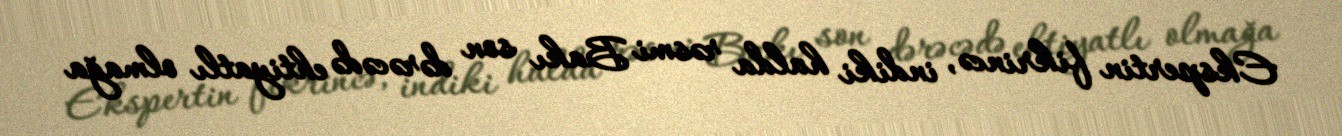
Ekspertin fikrincə, indiki halda rəsmi Bakı son dərəcədə ehtiyatlı olmağa